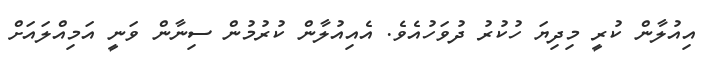
އިއުލާން ކުރީ މިދިޔަ ހުކުރު ދުވަހުއެވެ. އެއިއުލާން ކުރުމުން ސިނާން ވަނީ އަމިއްލައަށް